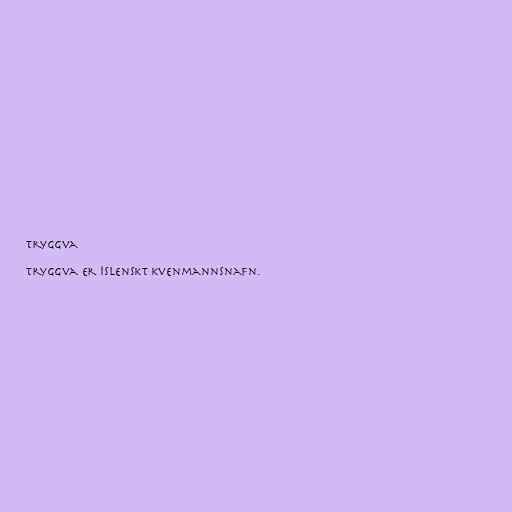
Tryggva

Tryggva er íslenskt kvenmannsnafn.